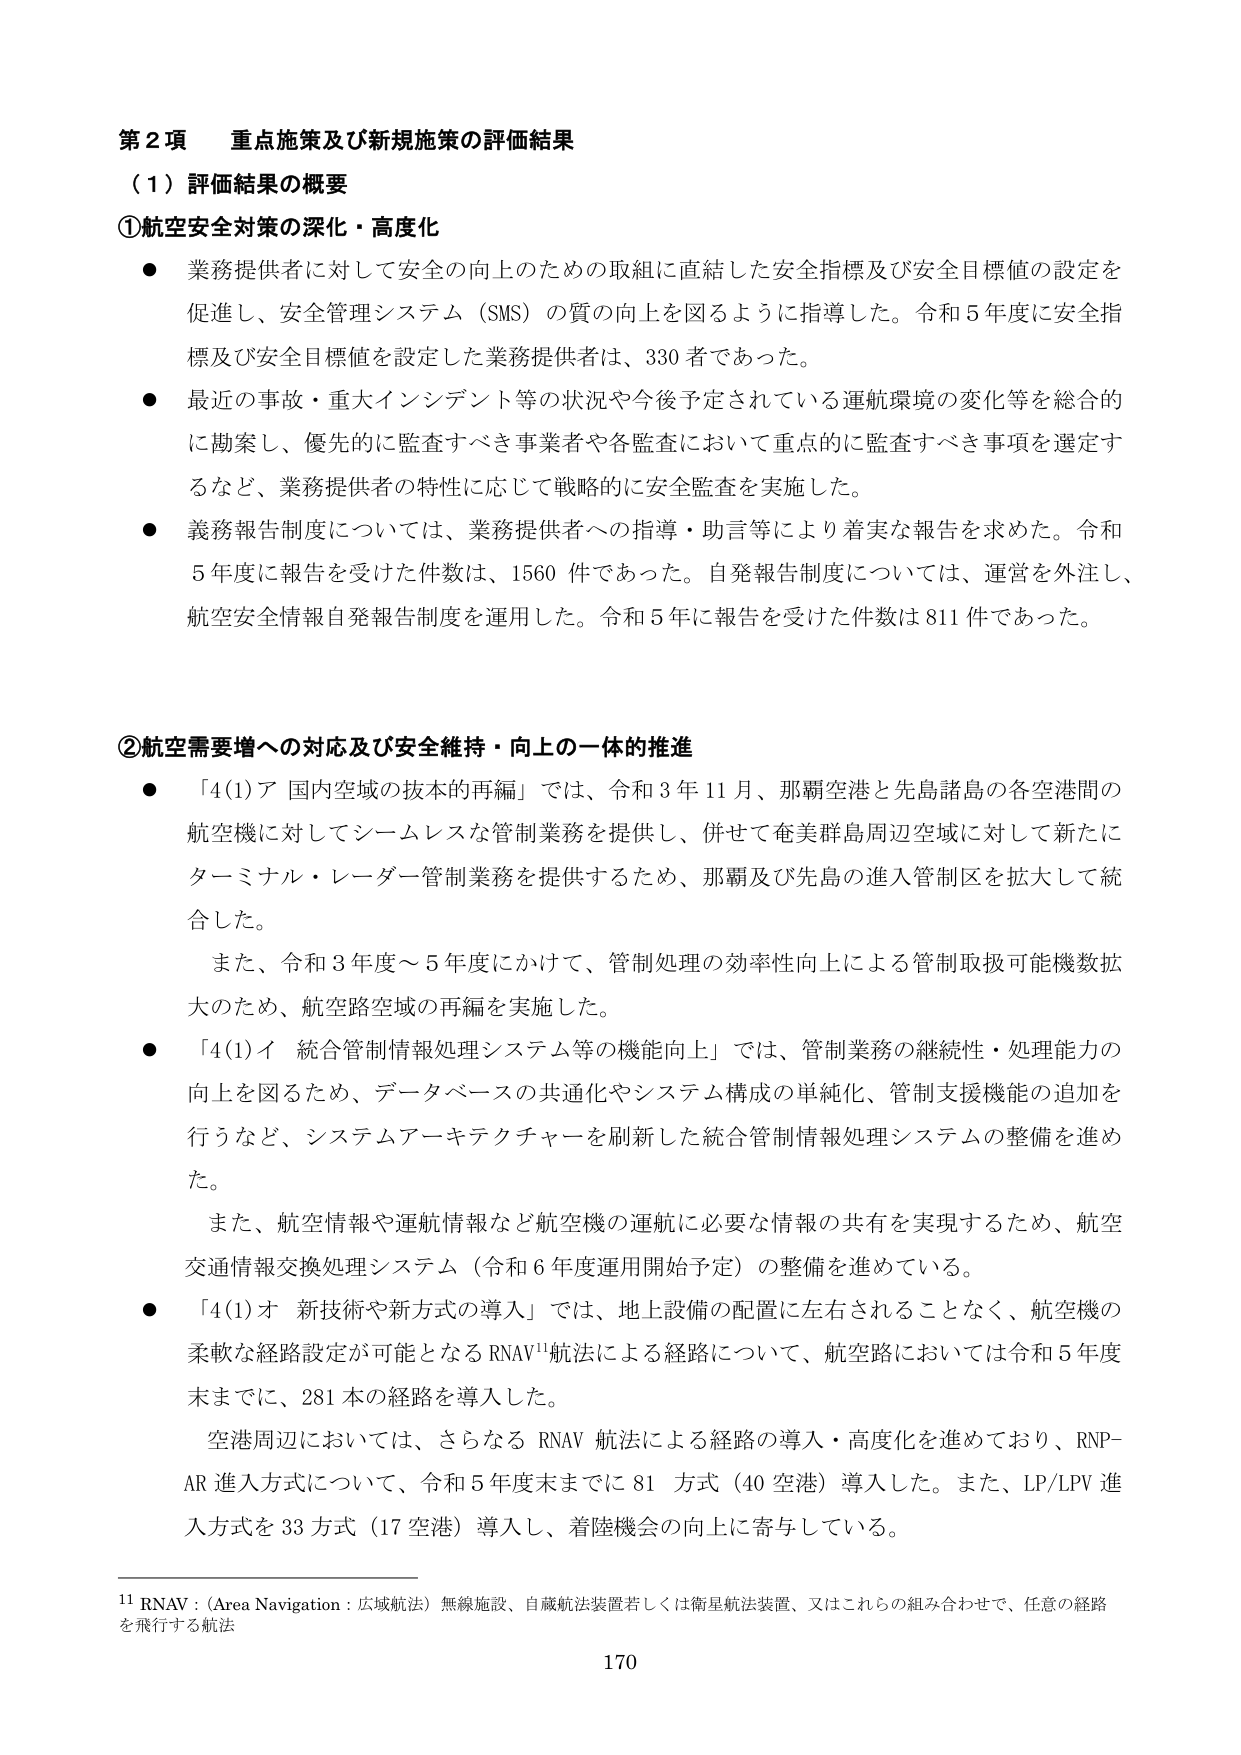
第２項 重点施策及び新規施策の評価結果
（１）評価結果の概要
①航空安全対策の深化・高度化
● 業務提供者に対して安全の向上のための取組に直結した安全指標及び安全目標値の設定を促進し、安全管理システム（SMS）の質の向上を図るように指導した。令和５年度に安全指標及び安全目標値を設定した業務提供者は、330者であった。
● 最近の事故・重大インシデント等の状況や今後予定されている運航環境の変化等を総合的に勘案し、優先的に監査すべき事業者や各監査において重点的に監査すべき事項を選定するなど、業務提供者の特性に応じて戦略的に安全監査を実施した。
● 義務報告制度については、業務提供者への指導・助言等により着実な報告を求めた。令和５年度に報告を受けた件数は、1560件であった。自発報告制度については、運営を外注し、航空安全情報自発報告制度を運用した。令和５年に報告を受けた件数は811件であった。

②航空需要増への対応及び安全維持・向上の一体的推進
● 「4(1)ア 国内空域の抜本的再編」では、令和３年11月、那覇空港と先島諸島の各空港間の航空機に対してシームレスな管制業務を提供し、併せて奄美群島周辺空域に対して新たにターミナル・レーダー管制業務を提供するため、那覇及び先島の進入管制区を拡大して統合した。
　また、令和３年度～５年度にかけて、管制処理の効率性向上による管制取扱可能機数拡大のため、航空路空域の再編を実施した。
● 「4(1)イ 統合管制情報処理システム等の機能向上」では、管制業務の継続性・処理能力の向上を図るため、データベースの共通化やシステム構成の単純化、管制支援機能の追加を行うなど、システムアーキテクチャーを刷新した統合管制情報処理システムの整備を進め た。
　また、航空情報や運航情報など航空機の運航に必要な情報の共有を実現するため、航空交通情報交換処理システム（令和６年度運用開始予定）の整備を進めている。
● 「4(1)オ 新技術や新方式の導入」では、地上設備の配置に左右されることなく、航空機の柔軟な経路設定が可能となるRNAV¹¹航法による経路について、航空路においては令和５年度末までに、281本の経路を導入した。
　空港周辺においては、さらなるRNAV航法による経路の導入・高度化を進めており、RNP-AR進入方式について、令和５年度末までに81方式（40空港）導入した。また、LP/LPV進入方式を33方式（17空港）導入し、着陸機会の向上に寄与している。

¹¹ RNAV：（Area Navigation：広域航法）無線施設、自蔵航法装置若しくは衛星航法装置、又はこれらの組み合わせで、任意の経路を飛行する航法
170